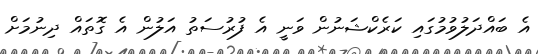
އެ ބައްދަލުވުމުގައި ކަރެކްޝަނުން ވަނީ އެ ފުރުސަތު އަލުން އެ ގޮތައް ދިނުމަށް